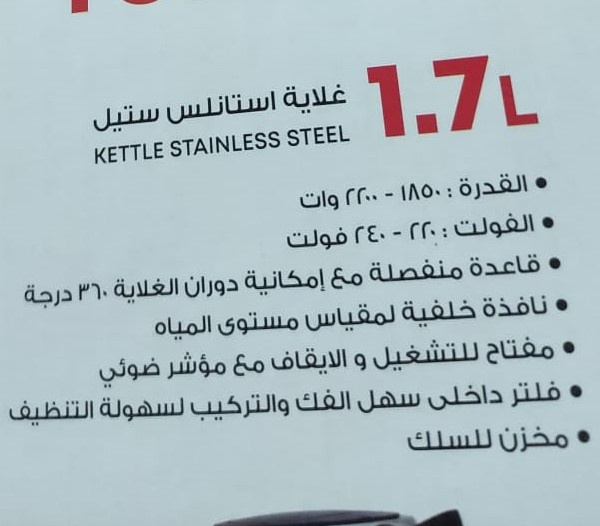
Text in image: غلاية إستانلس ستيل القدرة 1850 2200 وات الفولت 220 240 فولت قاعدة منفصلة مع إمكانية دوران الغلاية 360 درجة نافذة خلفية لمقباس مستوى المياه مفتاح للتشغيل و الايقاف مع مؤشر ضوئي فلتر داخلي الفك سهل والتركيب لسهولة التنظيف للسلك مخزن 1.7L STEEL STAINLESS KETTLE